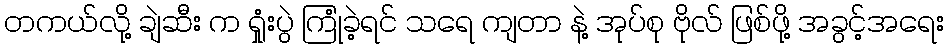
တကယ်လို့ ချဲဆီး က ရှုံးပွဲ ကြုံခဲ့ရင် သရေ ကျတာ နဲ့ အုပ်စု ဗိုလ် ဖြစ်ဖို့ အခွင့်အရေး